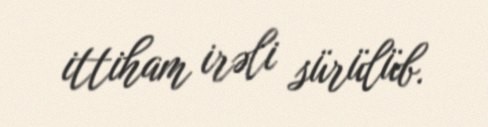
ittiham irəli sürülüb.